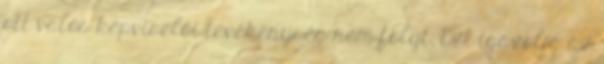
ott valós képviselői tevékenység nem folyt. Ezt igazolja az